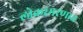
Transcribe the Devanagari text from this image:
लोकस्मरणात